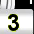
Digit: 3